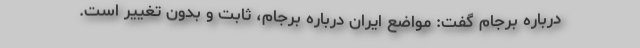
درباره برجام گفت: مواضع ایران درباره برجام، ثابت و بدون تغییر است.